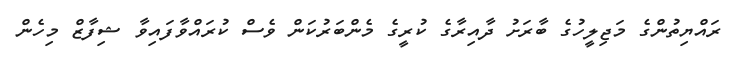
ރައްޔިތުންގެ މަޖިލީހުގެ ބާރަށު ދާއިރާގެ ކުރީގެ މެންބަރުކަން ވެސް ކުރައްވާފައިވާ ޝިފާޒް މިހެން